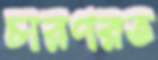
চারণরত